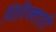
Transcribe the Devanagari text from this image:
गिरिफ्तारी